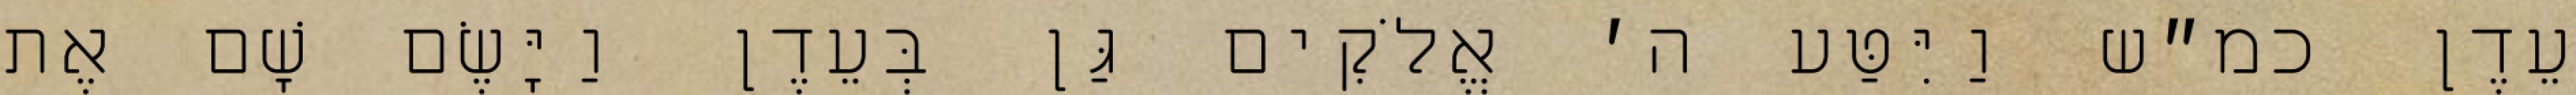
עֵדֶן כמ״ש וַיִּטַּע ה׳ אֱלֹקִים גַּן בְּעֵדֶן וַיָּשֶׂם שָׁם אֶת